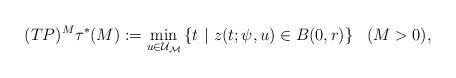
LaTeX: \begin{align*}(TP)^M\tau^*(M):= \displaystyle\min_{u \in \cal{U}_M} \left\lbrace t \ |\ z(t;\psi,u)\in B(0,r)\right\rbrace\ \ (M>0),\end{align*}